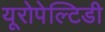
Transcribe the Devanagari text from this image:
यूरोपेल्टिडी